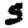
Digit: 5